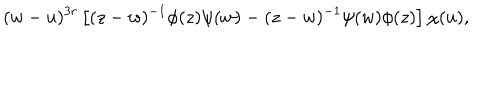
LaTeX: ( w - u ) ^ { 3 r } \left[ ( z - w ) ^ { - 1 } \phi ( z ) \psi ( w ) - ( z - w ) ^ { - 1 } \psi ( w ) \phi ( z ) \right] \chi ( u ) ,